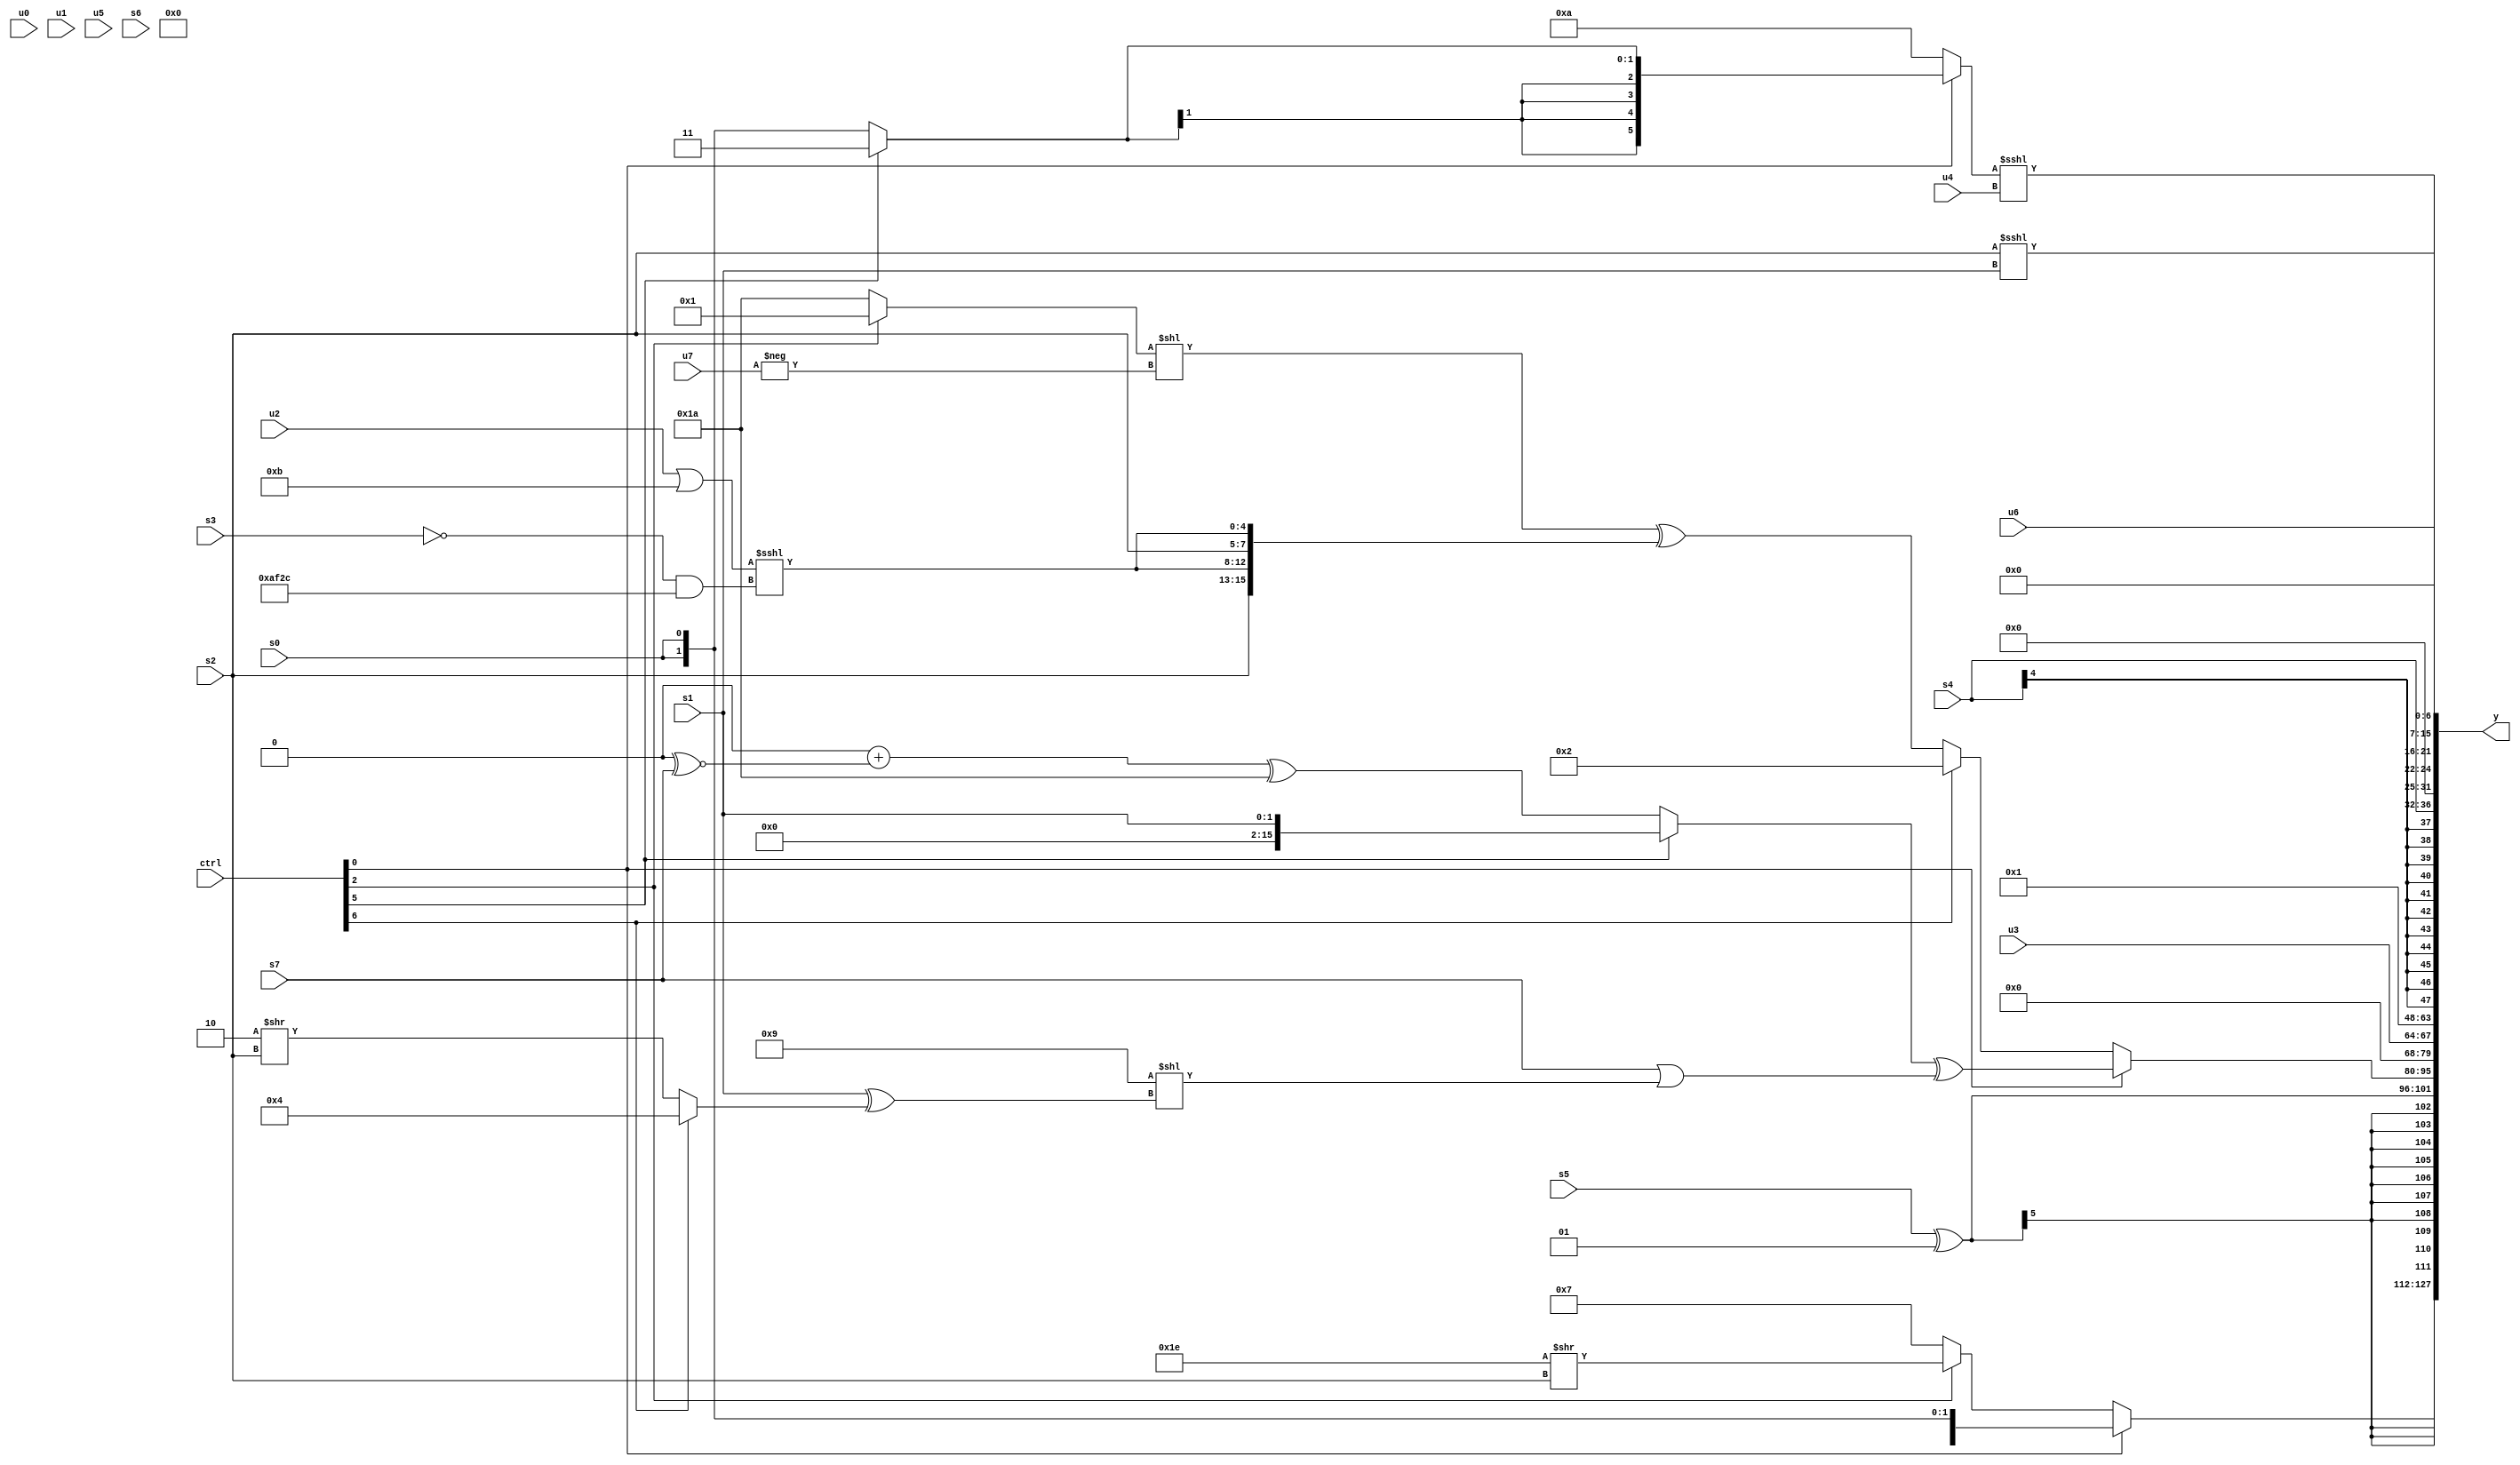
module wideexpr_00815(ctrl, u0, u1, u2, u3, u4, u5, u6, u7, s0, s1, s2, s3, s4, s5, s6, s7, y);
  input [7:0] ctrl;
  input [0:0] u0;
  input [1:0] u1;
  input [2:0] u2;
  input [3:0] u3;
  input [4:0] u4;
  input [5:0] u5;
  input [6:0] u6;
  input [7:0] u7;
  input signed [0:0] s0;
  input signed [1:0] s1;
  input signed [2:0] s2;
  input signed [3:0] s3;
  input signed [4:0] s4;
  input signed [5:0] s5;
  input signed [6:0] s6;
  input signed [7:0] s7;
  output [127:0] y;
  wire [15:0] y0;
  wire [15:0] y1;
  wire [15:0] y2;
  wire [15:0] y3;
  wire [15:0] y4;
  wire [15:0] y5;
  wire [15:0] y6;
  wire [15:0] y7;
  assign y = {y0,y1,y2,y3,y4,y5,y6,y7};
  assign y0 = (ctrl[0]?$signed((ctrl[0]?s0:((ctrl[0]?4'sb0110:s1))+($signed(5'sb00010)))):+((ctrl[2]?(6'b011110)>>($signed(s2)):{3{&(3'b111)}})));
  assign y1 = (s5)^(3'sb001);
  assign y2 = (ctrl[0]?(+((ctrl[5]?(s1)<<<((s2)<<<($signed(+(6'b010110)))):((+(1'b0))+(+((1'b0)^~(s7))))^(5'sb11010))))^($signed((s7)|((6'sb111001)<<((+(s1))^((ctrl[6]?-(5'sb11100):(2'sb10)>>(s2))))))):(ctrl[6]?4'b0010:(((ctrl[2]?$signed(1'sb1):-(~(6'sb011001))))<<(-(u7)))^({4{{s2,(+((u2)|(5'b01011)))<<<((!(s3))&({4'sb1010,6'sb111100,6'sb101100}))}}})));
  assign y3 = u3;
  assign y4 = $unsigned(~&($signed({2{$signed(6'sb111000)}})));
  assign y5 = s4;
  assign y6 = {(s2)<<<($signed($signed(s1))),((ctrl[0]?+((ctrl[5]?2'sb11:s0)):6'sb001010))<<<(u4)};
  assign y7 = u6;
endmodule